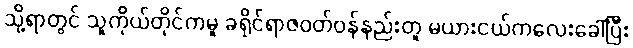
သို့ရာတွင် သူကိုယ်တိုင်ကမူ ခရိုင်ရာဇဝတ်ဝန်နည်းတူ မယားငယ်ကလေးခေါ်ပြီး